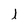
Character: l